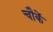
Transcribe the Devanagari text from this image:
चौकें